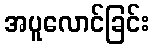
အပူလောင်ခြင်း